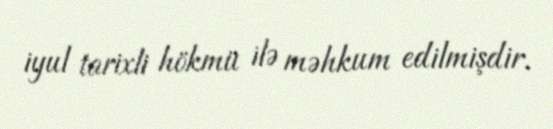
iyul tarixli hökmü ilə məhkum edilmişdir.